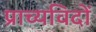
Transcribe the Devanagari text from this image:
प्राच्यविदों